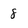
Character: 8